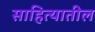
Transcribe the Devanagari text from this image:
साहित्‍यातील